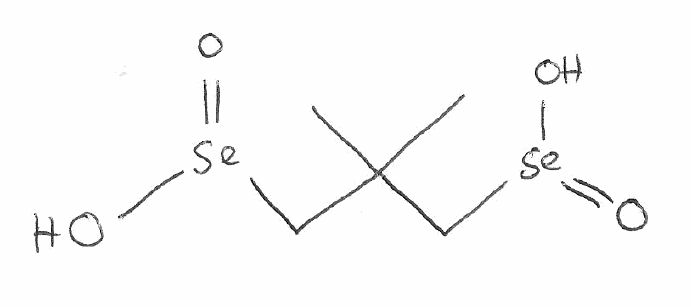
Simplified molecular-input line-entry system (SMILES) notation of the given molecule:
CC(C)(C[Se](=O)O)C[Se](=O)O